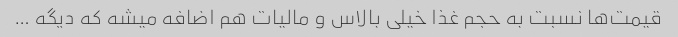
قیمت‌ها نسبت به حجم غذا خیلی بالاس و مالیات هم اضافه میشه که دیگه …